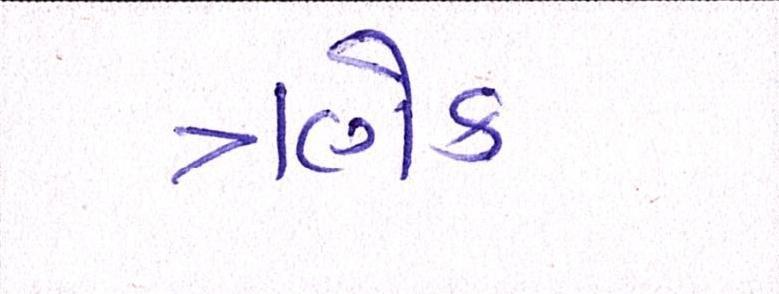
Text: ત્રણેક